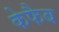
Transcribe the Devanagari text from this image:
केफैब